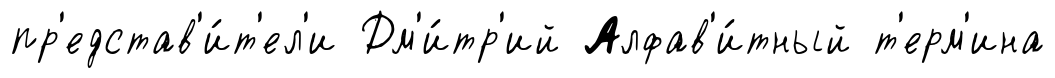
пр'едстав'и́т'ел'и Дм'и́тр'ий Алфав'и́тный т'ерм'ина